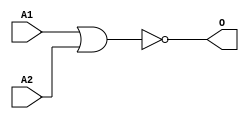
module MJNOR2C(A1, A2, O);
input   A1;
input   A2;
output  O;
nor g0(O, A1, A2);
endmodule